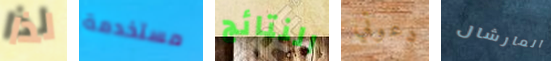
لذا مستخدمة النتائج دعوتي المارشال